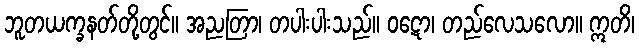
ဘူတယက္ခနတ်တို့တွင်။ အညတြာ၊ တပါးပါးသည်။ ဝဋော၊ တည်လေသလော။ ဣတိ၊